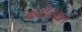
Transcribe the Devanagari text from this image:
कबीलेवाले